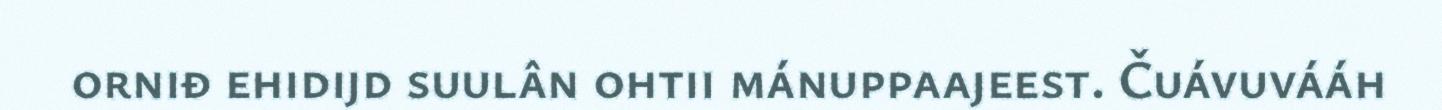
orniđ ehidijd suulân ohtii mánuppaajeest. Čuávuvááh